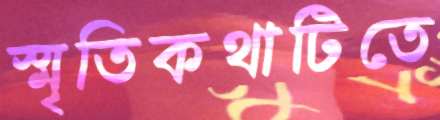
স্মৃতিকথাটিতে